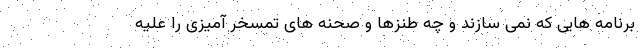
برنامه هایی که نمی سازند و چه طنزها و صحنه های تمسخر آمیزی را علیه